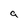
Character: a